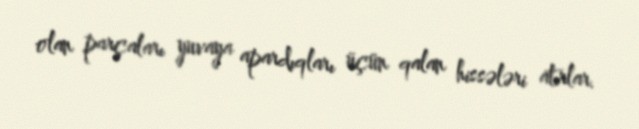
olan parçaları yuvaya apardıqları üçün qalan hissələri atırlar.